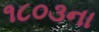
૧૮૦૩ના